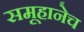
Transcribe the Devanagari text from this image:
समूहानेच